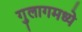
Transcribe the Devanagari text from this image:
गुलागमध्ये